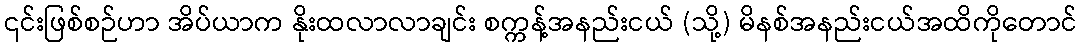
၎င်းဖြစ်စဉ်ဟာ အိပ်ယာက နိုးထလာလာချင်း စက္ကန့်အနည်းငယ် (သို့) မိနစ်အနည်းငယ်အထိကိုတောင်